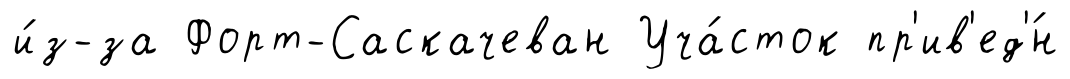
и́з-за Форт-Саскачеван Уча́сток пр'ив'ед'́н